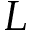
L